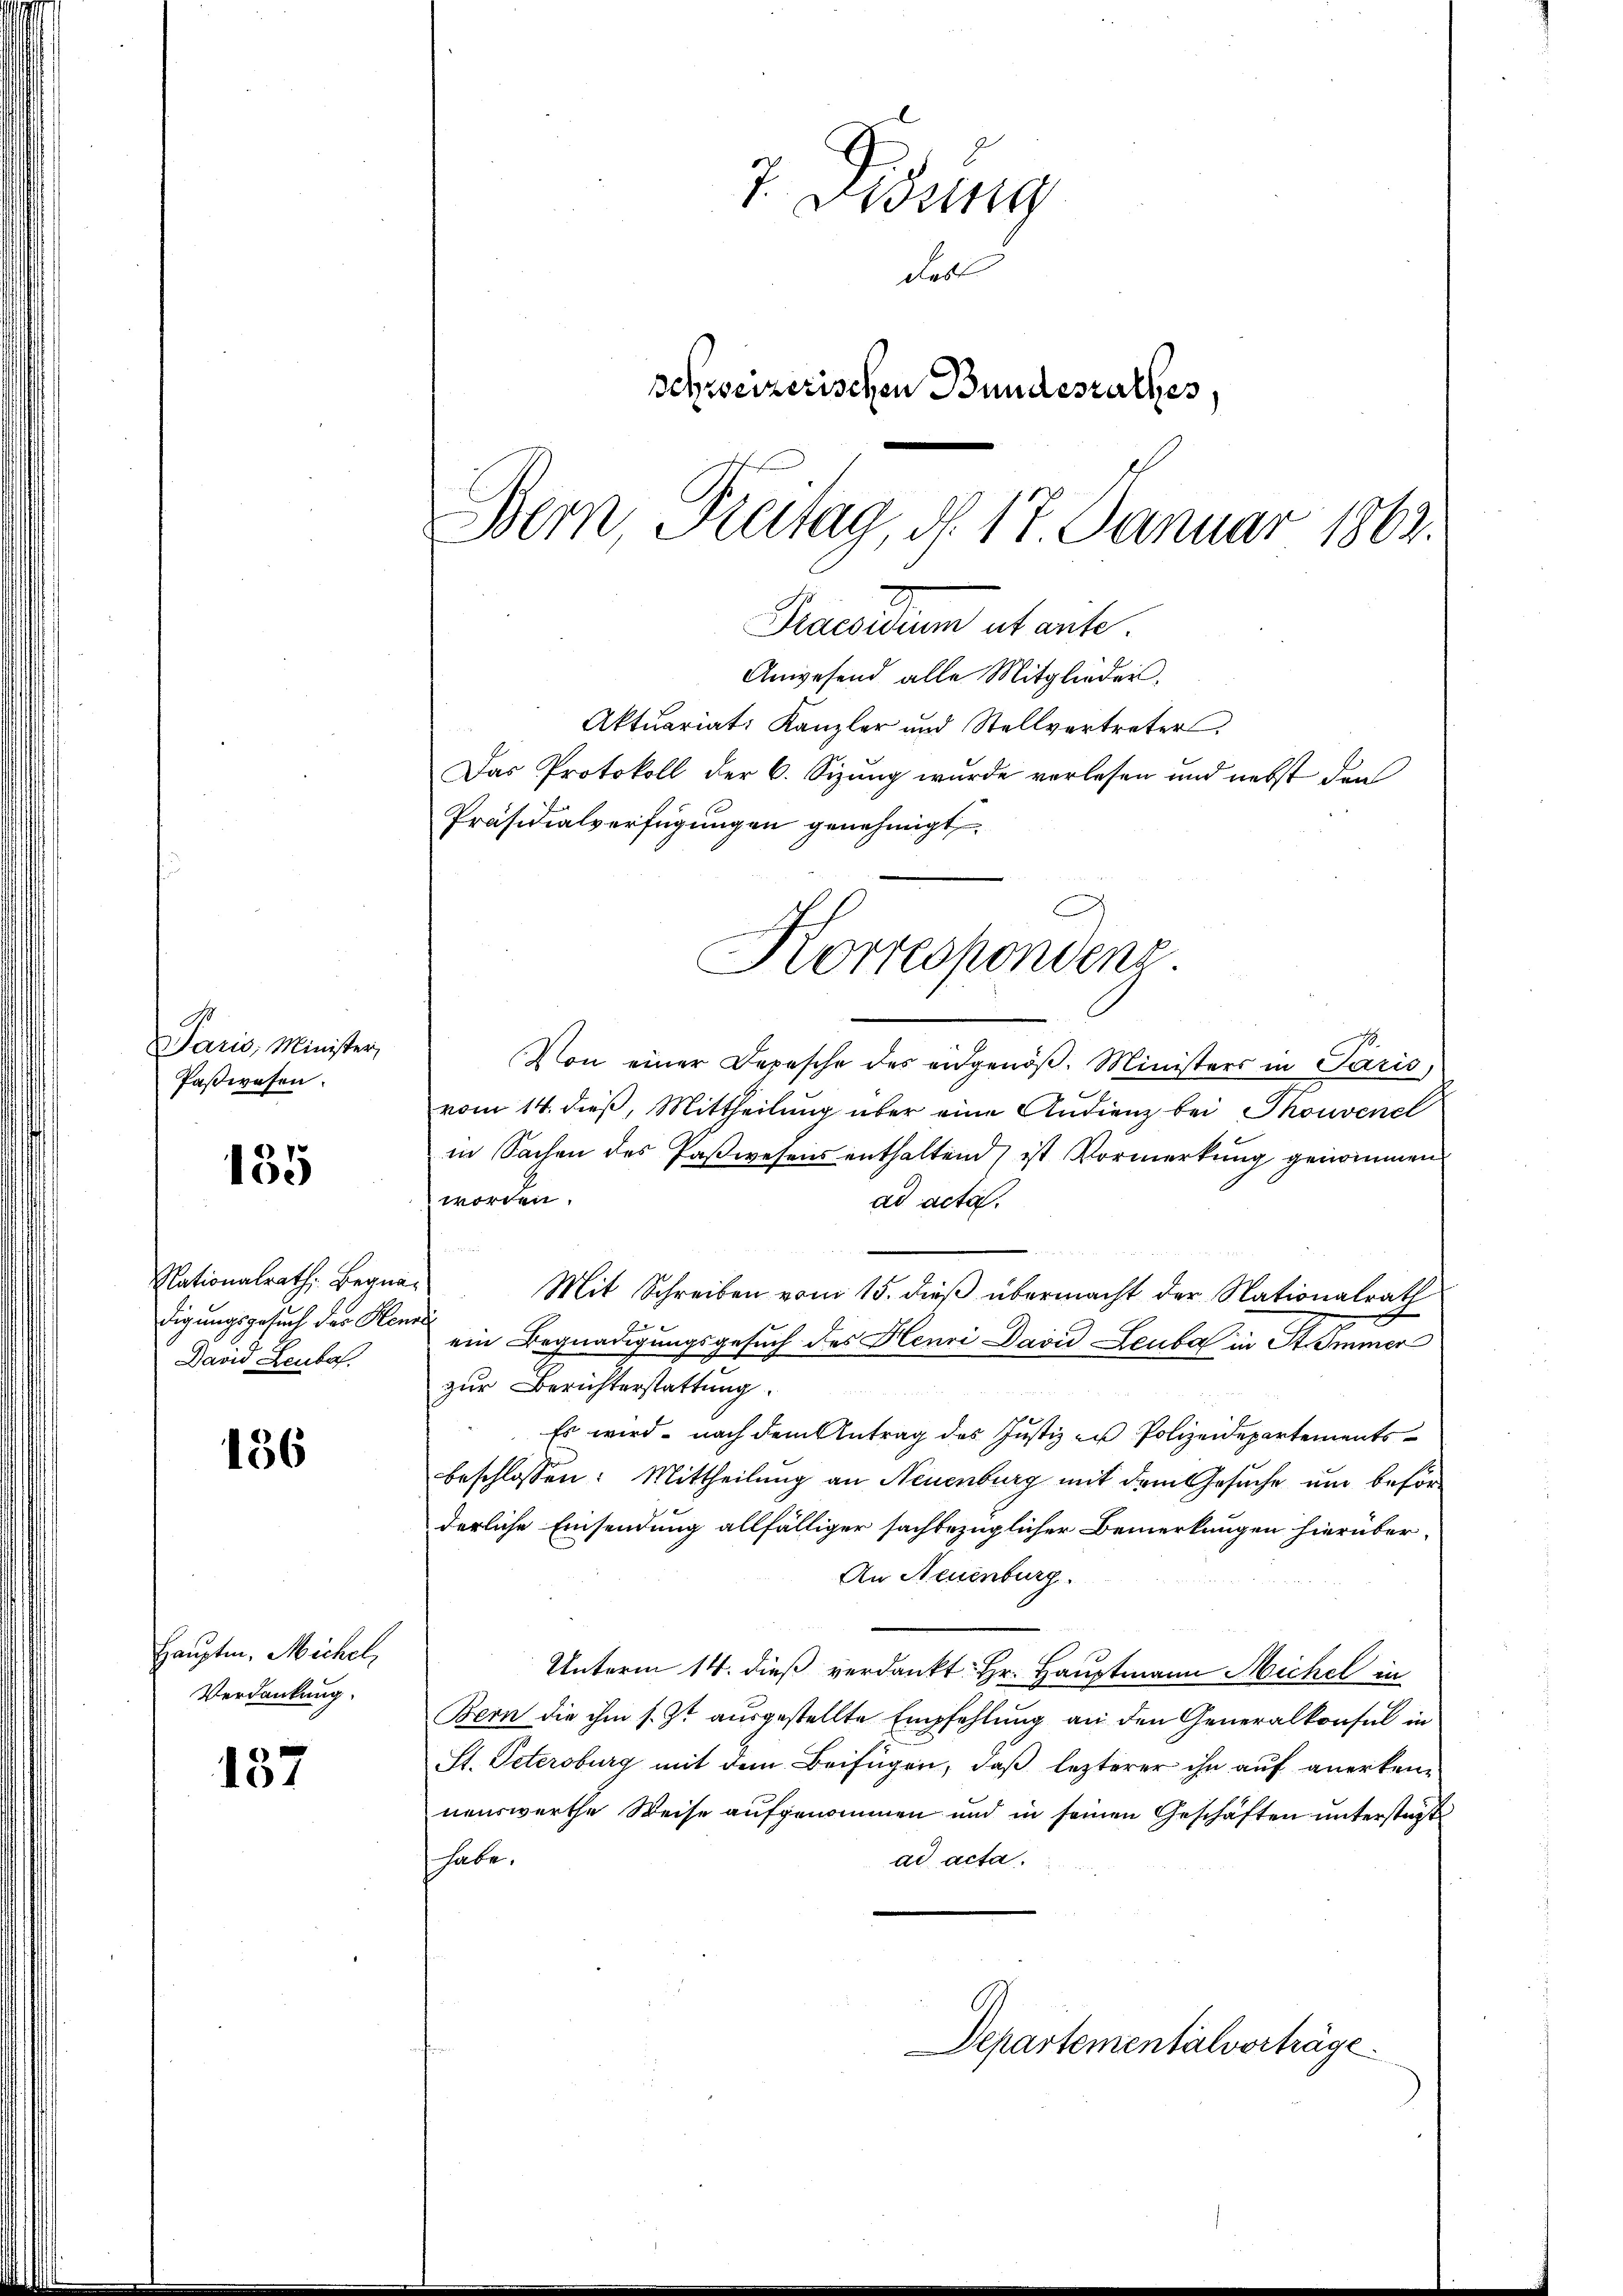
Paris, Minister,
Paßwesen.

185

Nationalrath Begnadigungsgesuch der Mens
David Leubaf.

136

Hauptm. Michel,
Verdankung.

157

7 Didung
des
Schweizerischen Bundesrathes,
Bern Freitag, d. 17. Januar 1863.
Praesidum utante.
Anwesend alle Mitglieder,
Aktuariats Kanzler und Stellvertreter
Das Protokoll der 6. Sizung wurde verlesen und nebst den
Präsidialverfügungen genehmigt

Von einer Depesche des eidgenöβ. Ministers in Paris,
vom 14. dieß, Mittheilung über eine Audienz bei Thonvenel
in Sachen des Paßwesens enthaltend ist Vormerkung genommen
worden.
ad acta.
Mit Schreiben vom 15. dieß übermacht der Nationalrath
z
ein Begnadigungsgesuch des Plenri David Leuba in Stimmer
zur Berichterstattung.
223
Es wird nach dem Antrag des Justiz zu Polizeidepartements
beschlossen: Mittheilung an Neuenburg mit dem Gesuche und beförderliche Einsendung allfälliger sachbezüglicher Bemerkungen hierüber¬
An Neuenburg.
Unterm 14. dieß verdankt: Hr. Hauptmann Michel in
Bern die ihm s. Z. ausgestellte Empfehlung an den Generalkonsul in
St. Petersburg mit dem Beifügen, daß lezterer ihn auf anerkennenswerthe Reise aufgenommen und in seinen Geschäften unterstagste
ad acta.
habe.

Korrespondenz

Departementalvorträge.